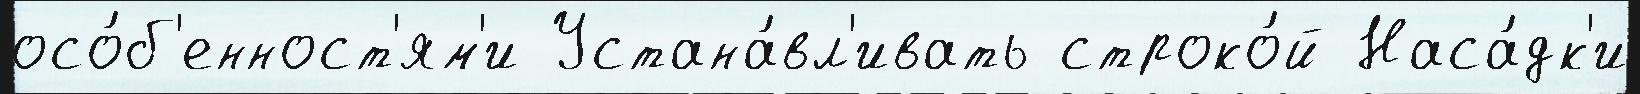
осо́б'енност'ям'и Устана́вл'ивать строко́й Наса́дк'и